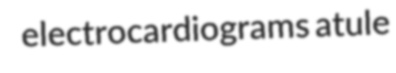
electrocardiograms atule